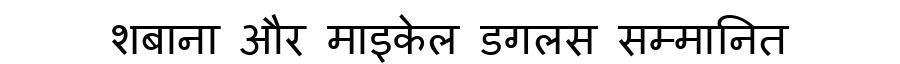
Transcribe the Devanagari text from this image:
शबाना और माइकेल डगलस सम्मानित